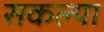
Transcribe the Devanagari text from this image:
सकल्या